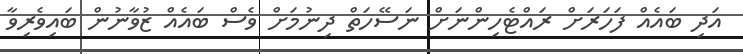
އަދި ބައެއް ފަހަރަށް ރައްޓެހިންނަށް ނަސޭހަތް ދިނުމަށް ވެސް ބައެއް ޒުވާނުން ބައިވެރިވާ